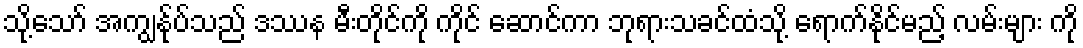
သို့သော် အကျွန်ုပ်သည် ဒဿန မီးတိုင်ကို ကိုင် ဆောင်ကာ ဘုရားသခင်ထံသို့ ရောက်နိုင်မည့် လမ်းများ ကို